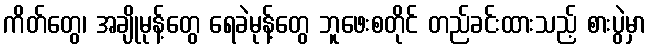
ကိတ်တွေ၊ အချိုမုန့်တွေ ရေခဲမုန့်တွေ ဘူဖေးစတိုင် တည်ခင်းထားသည့် စားပွဲမှာ